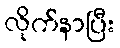
လိုက်နာပြီး